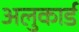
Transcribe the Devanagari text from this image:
अलुकार्ड